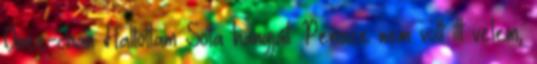
Onee-chan Hallottam Sota hangját. Persze nem volt itt velem,